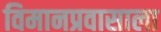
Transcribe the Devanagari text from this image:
विमानप्रवासाला